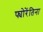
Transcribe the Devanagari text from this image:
फ्योरेंतिना